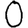
Digit: 0